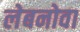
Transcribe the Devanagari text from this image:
लेबनोवा